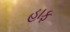
હાફ